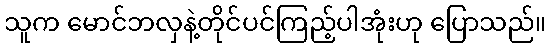
သူက မောင်ဘလှနဲ့တိုင်ပင်ကြည့်ပါအုံးဟု ပြောသည်။